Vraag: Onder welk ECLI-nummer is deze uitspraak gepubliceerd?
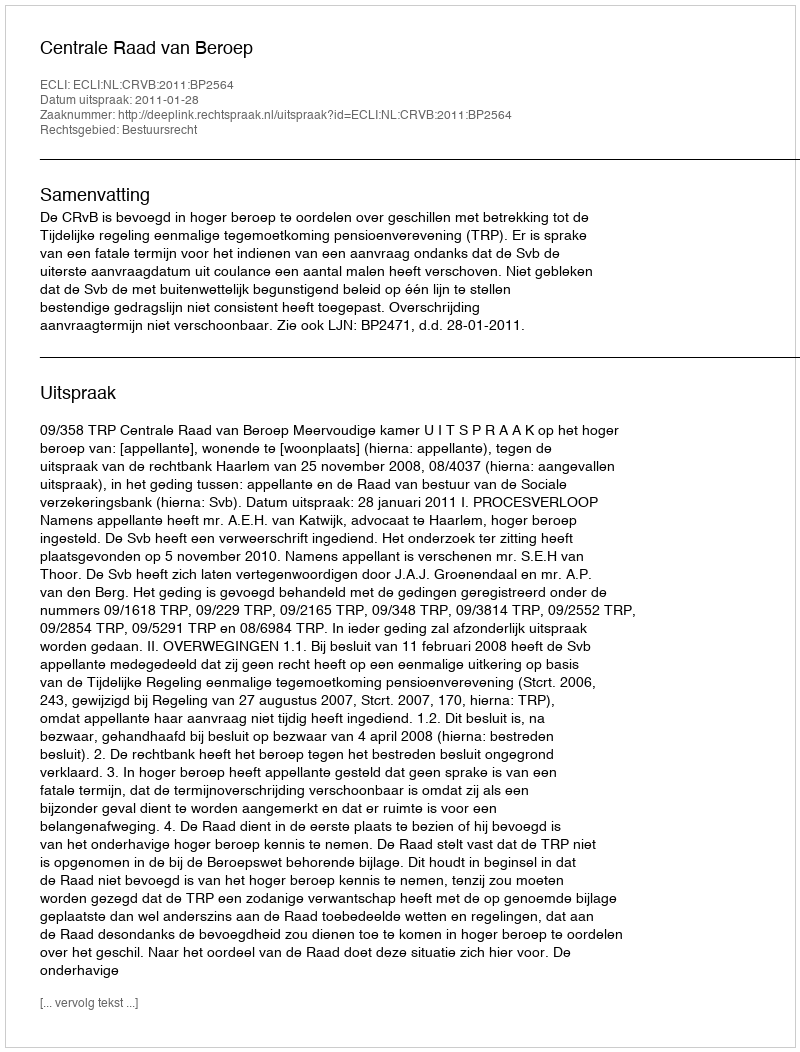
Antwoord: ECLI:NL:CRVB:2011:BP2564